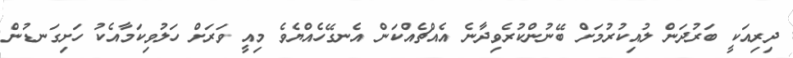
ދިރިއަކީ ބަރުދަން ލުއިކުރުމަށް ބޭނުންކުރެވިދާނެ އެއްޗެއްކަން އެނގޭހެއްޔެވެ މިއީ ވަރަށް ހަލުވިކަމާއެކު ހަށިގަނޑުން